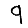
Digit: 9